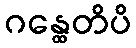
ဂန္ထေတိပိ